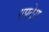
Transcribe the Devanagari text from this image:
एपटेरा